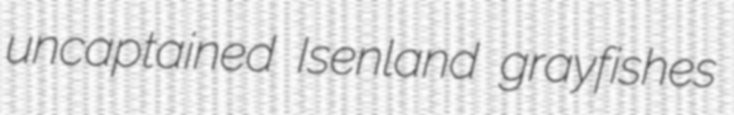
uncaptained Isenland grayfishes